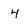
Character: 4